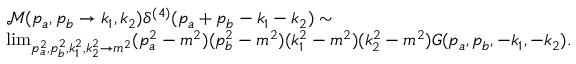
\begin{array} { r l } & { \mathcal { M } ( p _ { a } , p _ { b } \to k _ { 1 } , k _ { 2 } ) \delta ^ { ( 4 ) } ( p _ { a } + p _ { b } - k _ { 1 } - k _ { 2 } ) \sim } \\ & { \operatorname* { l i m } _ { p _ { a } ^ { 2 } , p _ { b } ^ { 2 } , k _ { 1 } ^ { 2 } , k _ { 2 } ^ { 2 } \to m ^ { 2 } } ( p _ { a } ^ { 2 } - m ^ { 2 } ) ( p _ { b } ^ { 2 } - m ^ { 2 } ) ( k _ { 1 } ^ { 2 } - m ^ { 2 } ) ( k _ { 2 } ^ { 2 } - m ^ { 2 } ) G ( p _ { a } , p _ { b } , - k _ { 1 } , - k _ { 2 } ) . } \end{array}